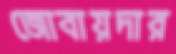
জোবায়দার